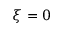
\xi = 0